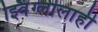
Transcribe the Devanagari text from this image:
झ्विंग्लीलाही